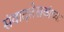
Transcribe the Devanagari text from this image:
संवादलेखकांच्या